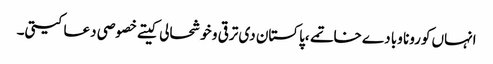
انہاں کورونا وبا دے خاتمے ،پاکستان دی ترقی و خوشحالی کیتے خصوصی دعا کیتی۔